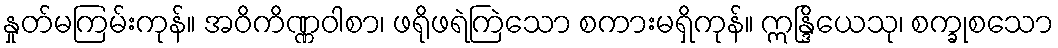
နှုတ်မကြမ်းကုန်။ အဝိကိဏ္ဏဝါစာ၊ ဖရိုဖရဲကြဲသော စကားမရှိကုန်။ ဣန္ဒြိယေသု၊ စက္ခုစသော